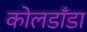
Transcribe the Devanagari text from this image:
कोलडाँडा